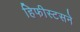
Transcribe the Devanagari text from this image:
हिफीस्टसने